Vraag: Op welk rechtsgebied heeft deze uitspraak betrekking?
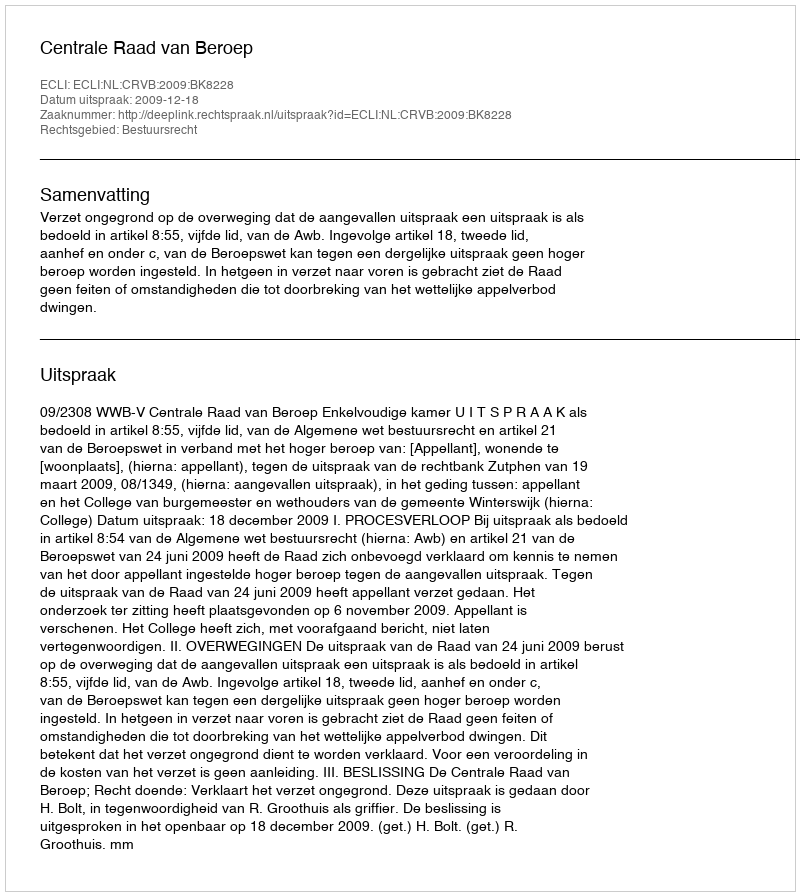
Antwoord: Bestuursrecht